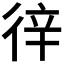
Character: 𢓫